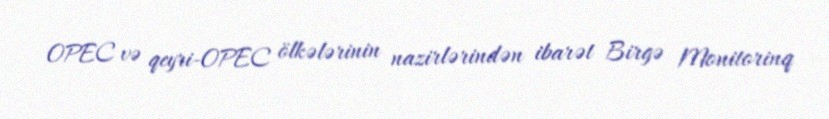
OPEC və qeyri-OPEC ölkələrinin nazirlərindən ibarət Birgə Monitorinq